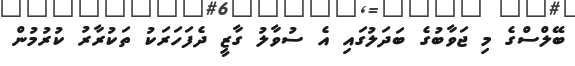
ބޭލްސްގެ މި ޖަވާބުގެ ބަދަލުގައި އެ ސުވާލު ގާޒީ ދެފަހަރަކު ތަކުރާރު ކުރުމުން